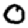
Digit: 0